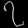
Digit: ၇